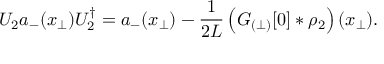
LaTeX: U _ { 2 } a _ { - } ( x _ { \perp } ) U _ { 2 } ^ { \dagger } = a _ { - } ( x _ { \perp } ) - \frac { 1 } { 2 L } \left( { \cal G } _ { ( \perp ) } [ 0 ] \ast \rho _ { 2 } \right) ( x _ { \perp } ) .